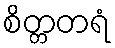
စိတ္တတရံ